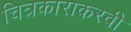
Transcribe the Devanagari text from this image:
चित्रकाराकरवी